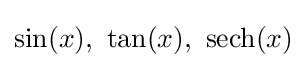
\sin(x),\ \tan(x),\ \operatorname {sech} (x)